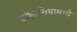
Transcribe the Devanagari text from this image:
टांझानियामध्ये